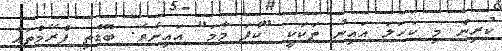
ކުރިން މި ކަހަލަ އައިނު ތަކަކީ "ކާފަ މާމަ" އައިނެވެ. ބޮޑެތި ފްރޭމްތައް